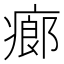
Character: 㾿